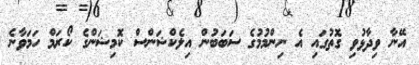
އޭނާ ވިދާޅުވި ގޮތުގައި އެ ނިންމުމުގެ ސަބަބުން އިލެކްޝަންސް ކޮމިޝަންގެ ކޯރަމް ހަމަވާނެ